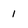
Character: 1